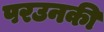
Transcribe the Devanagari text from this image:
परउनकी